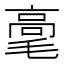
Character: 𰚫